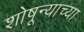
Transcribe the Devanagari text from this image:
शोषून्याच्या